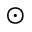
\odot